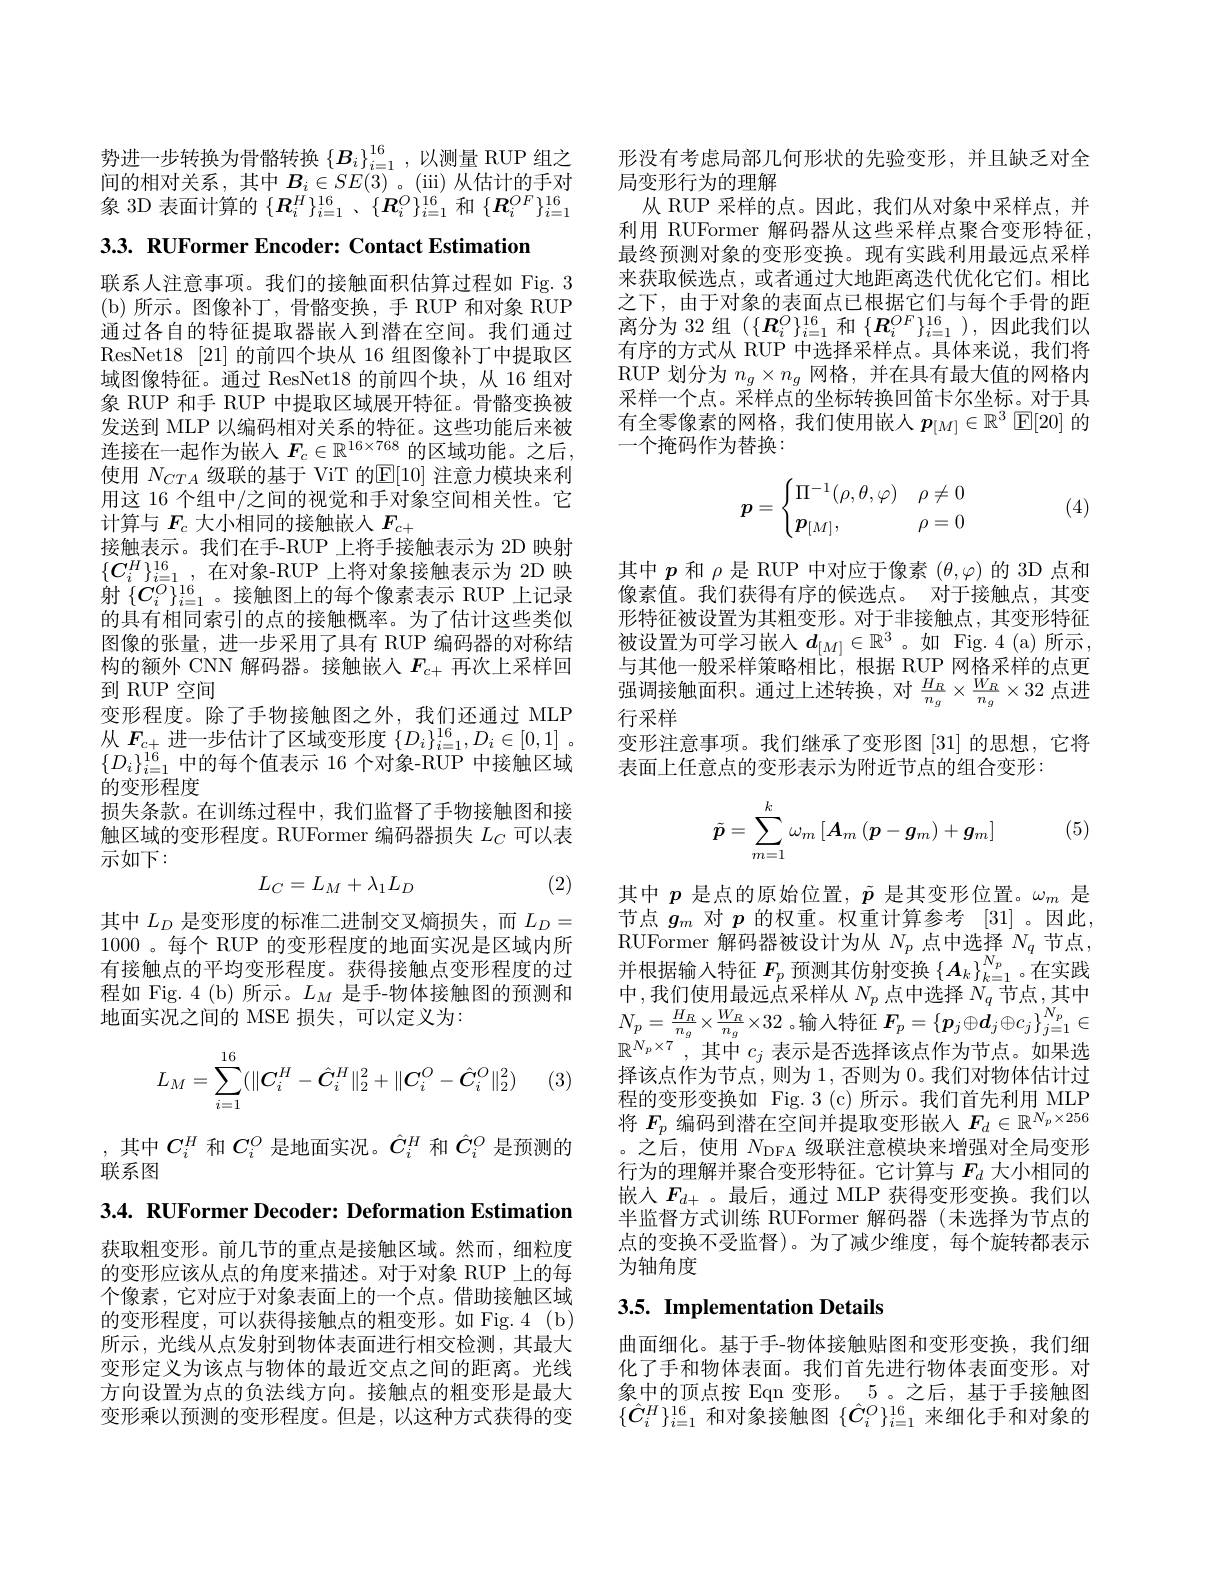
势进一步转换为骨骼转换 $\left\{\boldsymbol{B}_i\right\}_{i=1}^{16}$,以测量 RUP 组之间的相对关系，其中$B_i\in SE(3)$ 。(iii) 从估计的手对象 3D 表面计算的$\{ \boldsymbol{R}_i^H\} _{i= 1}^{16}$ , $\{ \boldsymbol{R}_i^O\} _{i= 1}^{16}$和$\{\boldsymbol{R}_i^OF\}_{i=1}^{16}$

3.3. RUFormer Encoder: Contact Estimation

联系人注意事项。我们的接触面积估算过程如 Fig. 3 ( b) 所 示 。图 像 补 丁 , 骨骼变换，手 RUP 和对象 RUP 通过各自的特征提取器嵌人到潜在空间。我们通过ResNet18 [21]的前四个块从 16 组图像补丁中提取区域图像特征。通过 ResNet18 的前四个块，从 16 组对象 RUP 和手 RUP 中提取区域展开特征。骨骼变换被发送到 MLP 以编码相对关系的特征。这些功能后来被连接在一起作为嵌人$F_c\in\mathbb{R}^{16\times768}$的区域功能。之后， 使用$N_{CTA}$级联的基于 ViT 的$\mathbb{E}[10]$注意力模块来利用这 16 个组中/之间的视觉和手对象空间相关性。它计算与$F_c$大小相同的接触嵌入$F_c+$
接触表示。我们在手-RUP 上将手接触表示为 2D 映射$\{C_i^H\}_{i=1}^{16}$,在对象-RUP 上将对象接触表示为 2D 映射$\{C_i^O\}_{i=1}^{16}$。接触图上的每个像素表示 RUP 上记录的具有相同索引的点的接触概率。为了估计这些类似图像的张量，进一步采用了具有 RUP 编码器的对称结构的额外 CNN 解码器。接触嵌入$F_{c+}$再次上采样回到 RUP 空间
变形程度。除了手物接触图之外，我们还通过 MLP 从$F_{c+}$进一步估计了区域变形度$\{ D_i\} _i= 1^{16}, D_i\in [ 0, 1]$ . $\{D_i\}_{i=1}^{16}$中的每个值表示 16 个对象-RUP 中接触区域的变形程度
损失条款。在训练过程中，我们监督了手物接触图和接触区域的变形程度。RUFormer 编码器损失$L_C$可以表示如下：
$$L_C=L_M+\lambda_1L_D$$
(2)

其中$L_D$是变形度的标准二进制交叉熵损失，而$L_D=$ 1000 。每个 RUP 的变形程度的地面实况是区域内所有接触点的平均变形程度。获得接触点变形程度的过程如 Fig. 4 (b) 所示。$L_M$是手-物体接触图的预测和地面实况之间的 MSE 损失，可以定义为：
$$L_M=\sum_{i=1}^{16}(\|\boldsymbol C_i^H-\hat C_i^H\|_2^2+\|\boldsymbol C_i^O-\hat C_i^O\|_2^2)$$
(3

,其中$C_i^H$和$C_i^O$是地面实况。$\hat{C}_i^H$和$\hat{C}_i^O$是预测的
联系图

3.4. RUFormer Decoder: Deformation Estimation

获取粗变形。前几节的重点是接触区域。然而，细粒度的变形应该从点的角度来描述。对于对象 RUP 上的每个像素，它对应于对象表面上的一个点。借助接触区域的变形程度，可以获得接触点的粗变形。如 Fig.4(b) 所示，光线从点发射到物体表面进行相交检测，其最大变形定义为该点与物体的最近交点之间的距离。光线方向设置为点的负法线方向。接触点的粗变形是最大变形乘以预测的变形程度。但是，以这种方式获得的变

形没有考虑局部几何形状的先验变形，并且缺乏对全
局变形行为的理解
从 RUP 采样的点。因此，我们从对象中采样点，并利用 RUFormer 解码器从这些采样点聚合变形特征， 最终预测对象的变形变换。现有实践利用最远点采样来获取候选点，或者通过大地距离迭代优化它们。相比之下，由于对象的表面点已根据它们与每个手骨的距离分为 32 组$(\{\boldsymbol{R}_i^O\}_{i=1}^{16}$和$\{\boldsymbol{R}_i^{OF}\}_{i=1}^{16})$,因此我们以有序的方式从 RUP 中选择采样点。具体来说，我们将RUP 划分为$n_g\times n_g$网格，并在具有最大值的网格内采样一个点。采样点的坐标转换回笛卡尔坐标。对于具有全零像素的网格，我们使用嵌人$p_[M]\in\mathbb{R}^3$ $\mathbb{E}[20]$的一个掩码作为替换：

(4)
$$p=\begin{cases}\Pi^{-1}(\rho,\theta,\varphi)&\rho\neq0\\\boldsymbol{p}_{[M]},&\rho=0\end{cases}$$
其中$p$和$\rho$是 RUP 中对应于像素$(\theta,\varphi)$的 3D 点和像素值。我们获得有序的候选点。对于接触点，其变形特征被设置为其粗变形。对于非接触点，其变形特征被设置为可学习嵌入$d_{[M]}\in\mathbb{R}^3$ 。如 Fig.4(a)所示， 与其他一般采样策略相比，根据 RUP 网格采样的点更强调接触面积。通过上述转换，对$\frac{H_R}{n_g}\times\frac{W_R}{n_g}\times32$点进行采样
变形注意事项。我们继承了变形图[31]的思想，它将
表面上任意点的变形表示为附近节点的组合变形：
$$\tilde{\boldsymbol{p}}=\sum\limits_{m=1}^k\omega_m\left[\boldsymbol{A}_m\left(\boldsymbol{p}-\boldsymbol{g}_m\right)+\boldsymbol{g}_m\right]$$
(5)

其中$p$是点的原始位置，$\tilde{p}$是其变形位置。$\omega_m$是节点$g_m$对$p$的权重。权重计算参考 [31]。因此， RUFormer 解 码 器 被 设 计 为 从 $N_{p}$ 点 中 选 择 $N_{q}$ 节 点 , 并 根 据 输 入 特 征 $F_{p}$ 预 测 其 仿 射 变 换 $\left \{ \boldsymbol{A}_{k}\right \} _{k= 1}^{{N_{p}}}$。在 实 践 中 我 们 估 用 是 示 占 亚 样 从 $N$ 占 中 选 格 $N$ 共 占 甘 中中 $,\ddot{\text{我们使用最远点采样从 }N_p}$ 点中选择 $N_q$ 节点$,\underset N$其中$N_{p}=\frac{H_{R}}{n_{g}}\times\frac{W_{R}}{n_{g}}\times32$ 。输入特征$F_p=\left\{\boldsymbol{p}_j\oplus\boldsymbol{d}_j\oplus c_j\right\}_{j=1}^{N_{p}}\in$ $\mathbb{R}^{N_p\times7}$,其中 $c_j$ 表示是否选择该点作为节点。如果选择该点作为节点，则为1，否则为0。我们对物体估计过程的变形变换如 Fig.3(c)所示。我们首先利用 MLP 将$F_p$编码到潜在空间并提取变形嵌入$F_d\in\mathbb{R}^N_p\times256$ 。之后，使用$N_\mathrm{DFA}$级联注意模块来增强对全局变形行为的理解并聚合变形特征。它计算与$F_d$大小相同的嵌入$F_{d+}$ 。最后，通过 MLP 获得变形变换。我们以半监督方式训练 RUFormer 解码器(未选择为节点的点的变换不受监督)。为了减少维度，每个旋转都表示为轴角度

## 3.5. Implementation Details

曲面细化。基于手-物体接触贴图和变形变换，我们细化了手和物体表面。我们首先进行物体表面变形。对象中的顶点按 Eqn 变形。5。之后，基于手接触图$\{\hat{C}_{i}^{H}\}_{i=1}^{16}$和对象接触图$\{\hat{C}_{i}^{O}\}_{i=1}^{16}$来细化手和对象的